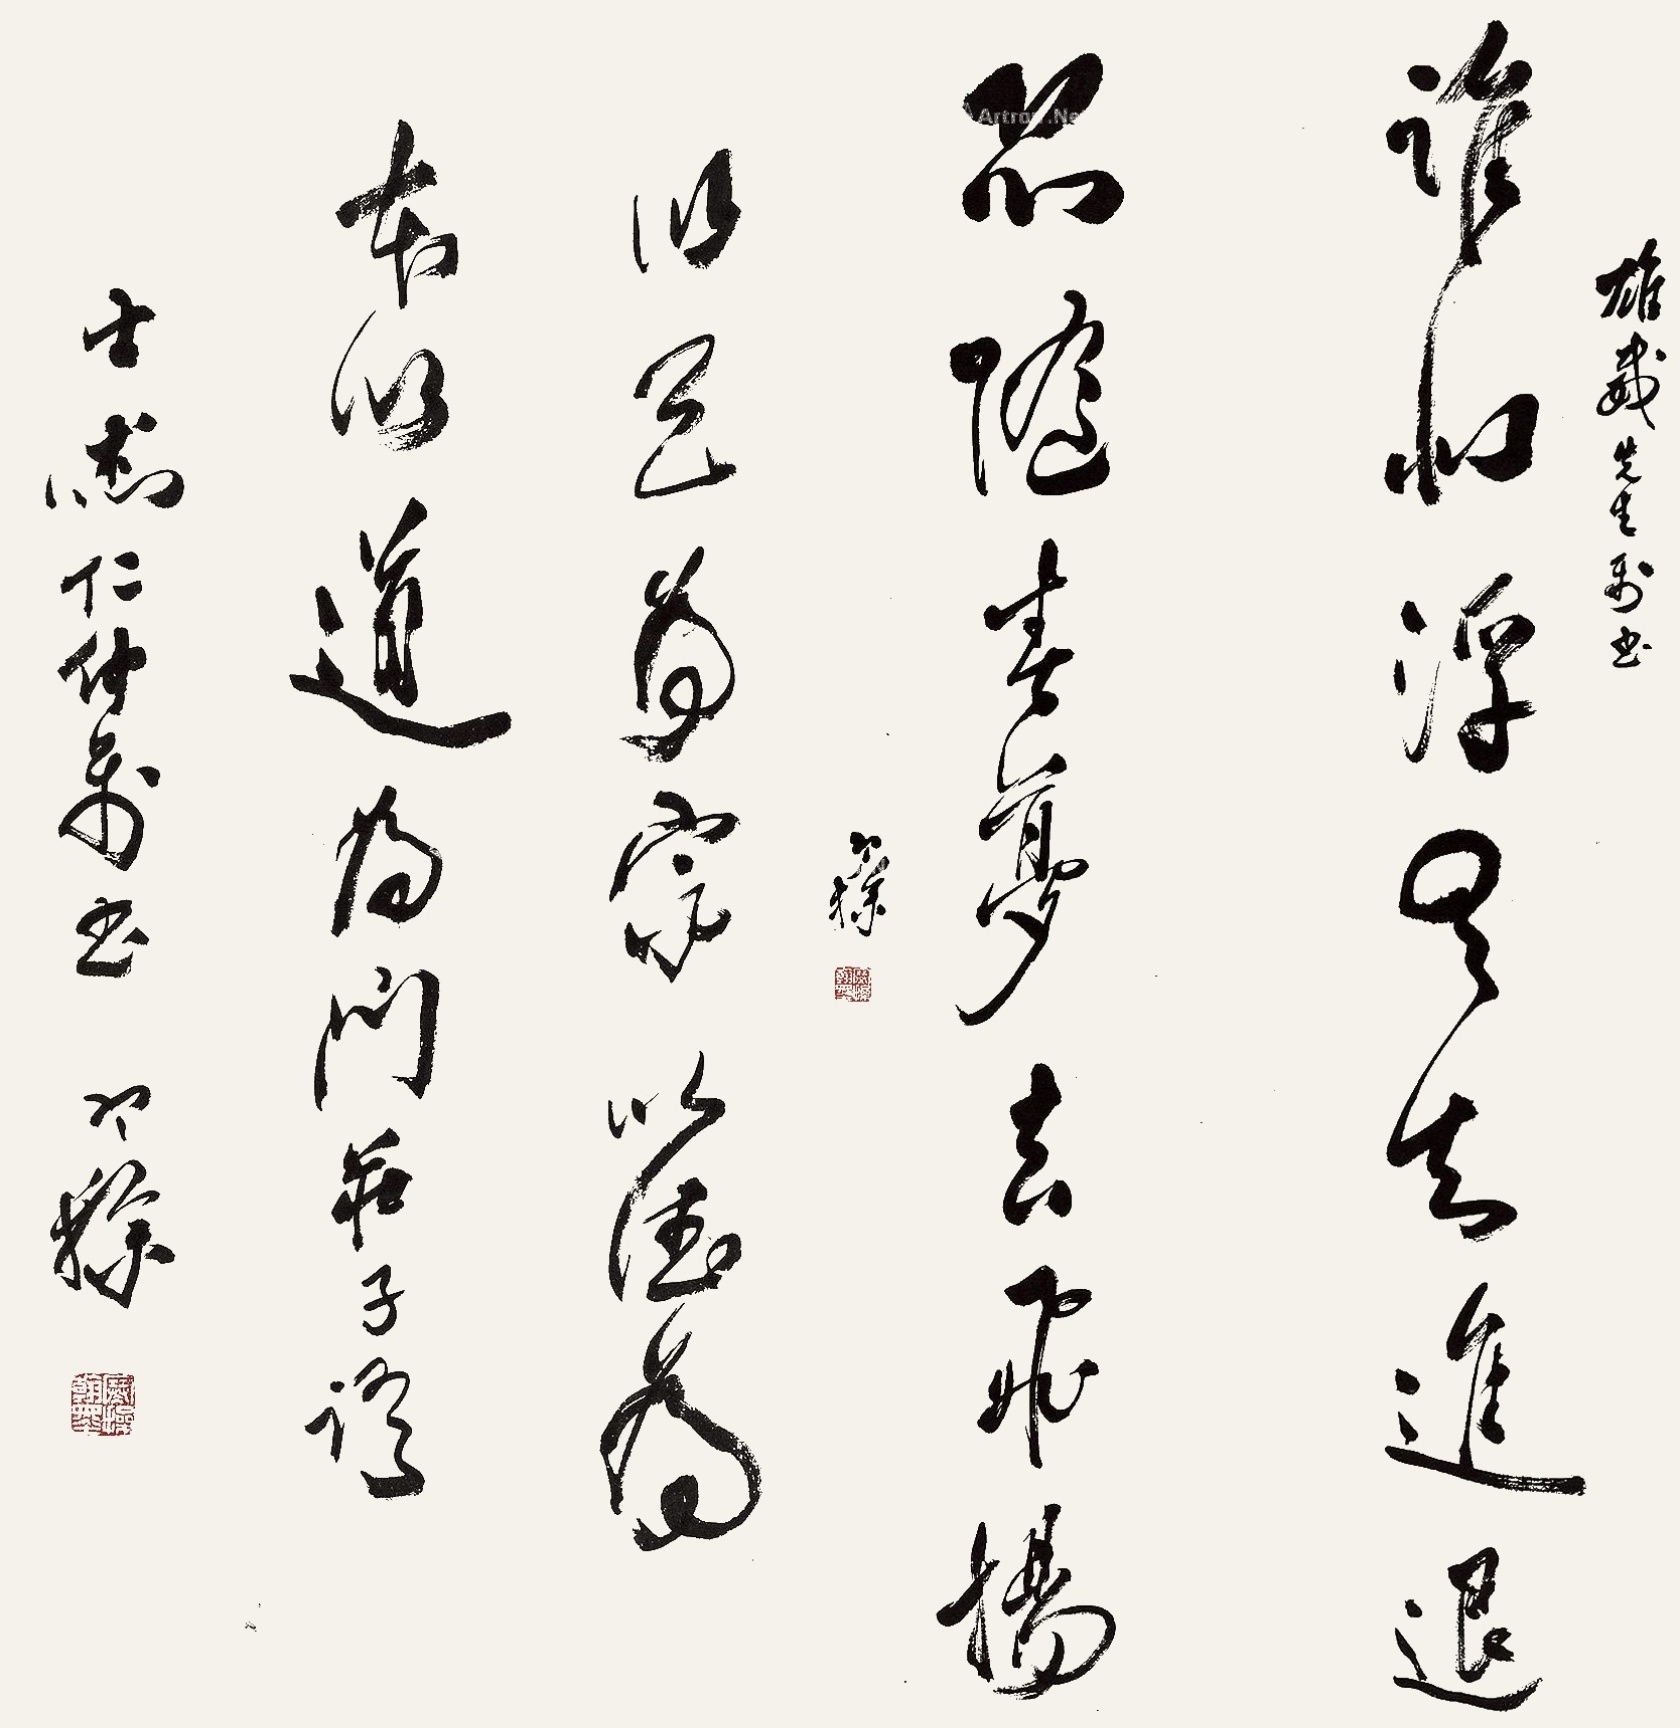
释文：以天为宗，以德为本，以道为门，庄子语。
谁似浮云知进退，恐随春梦去飞扬。士杰仁仲属书，寒操。
雄威先生属书，寒操。